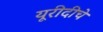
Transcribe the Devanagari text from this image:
यूरीदीचे